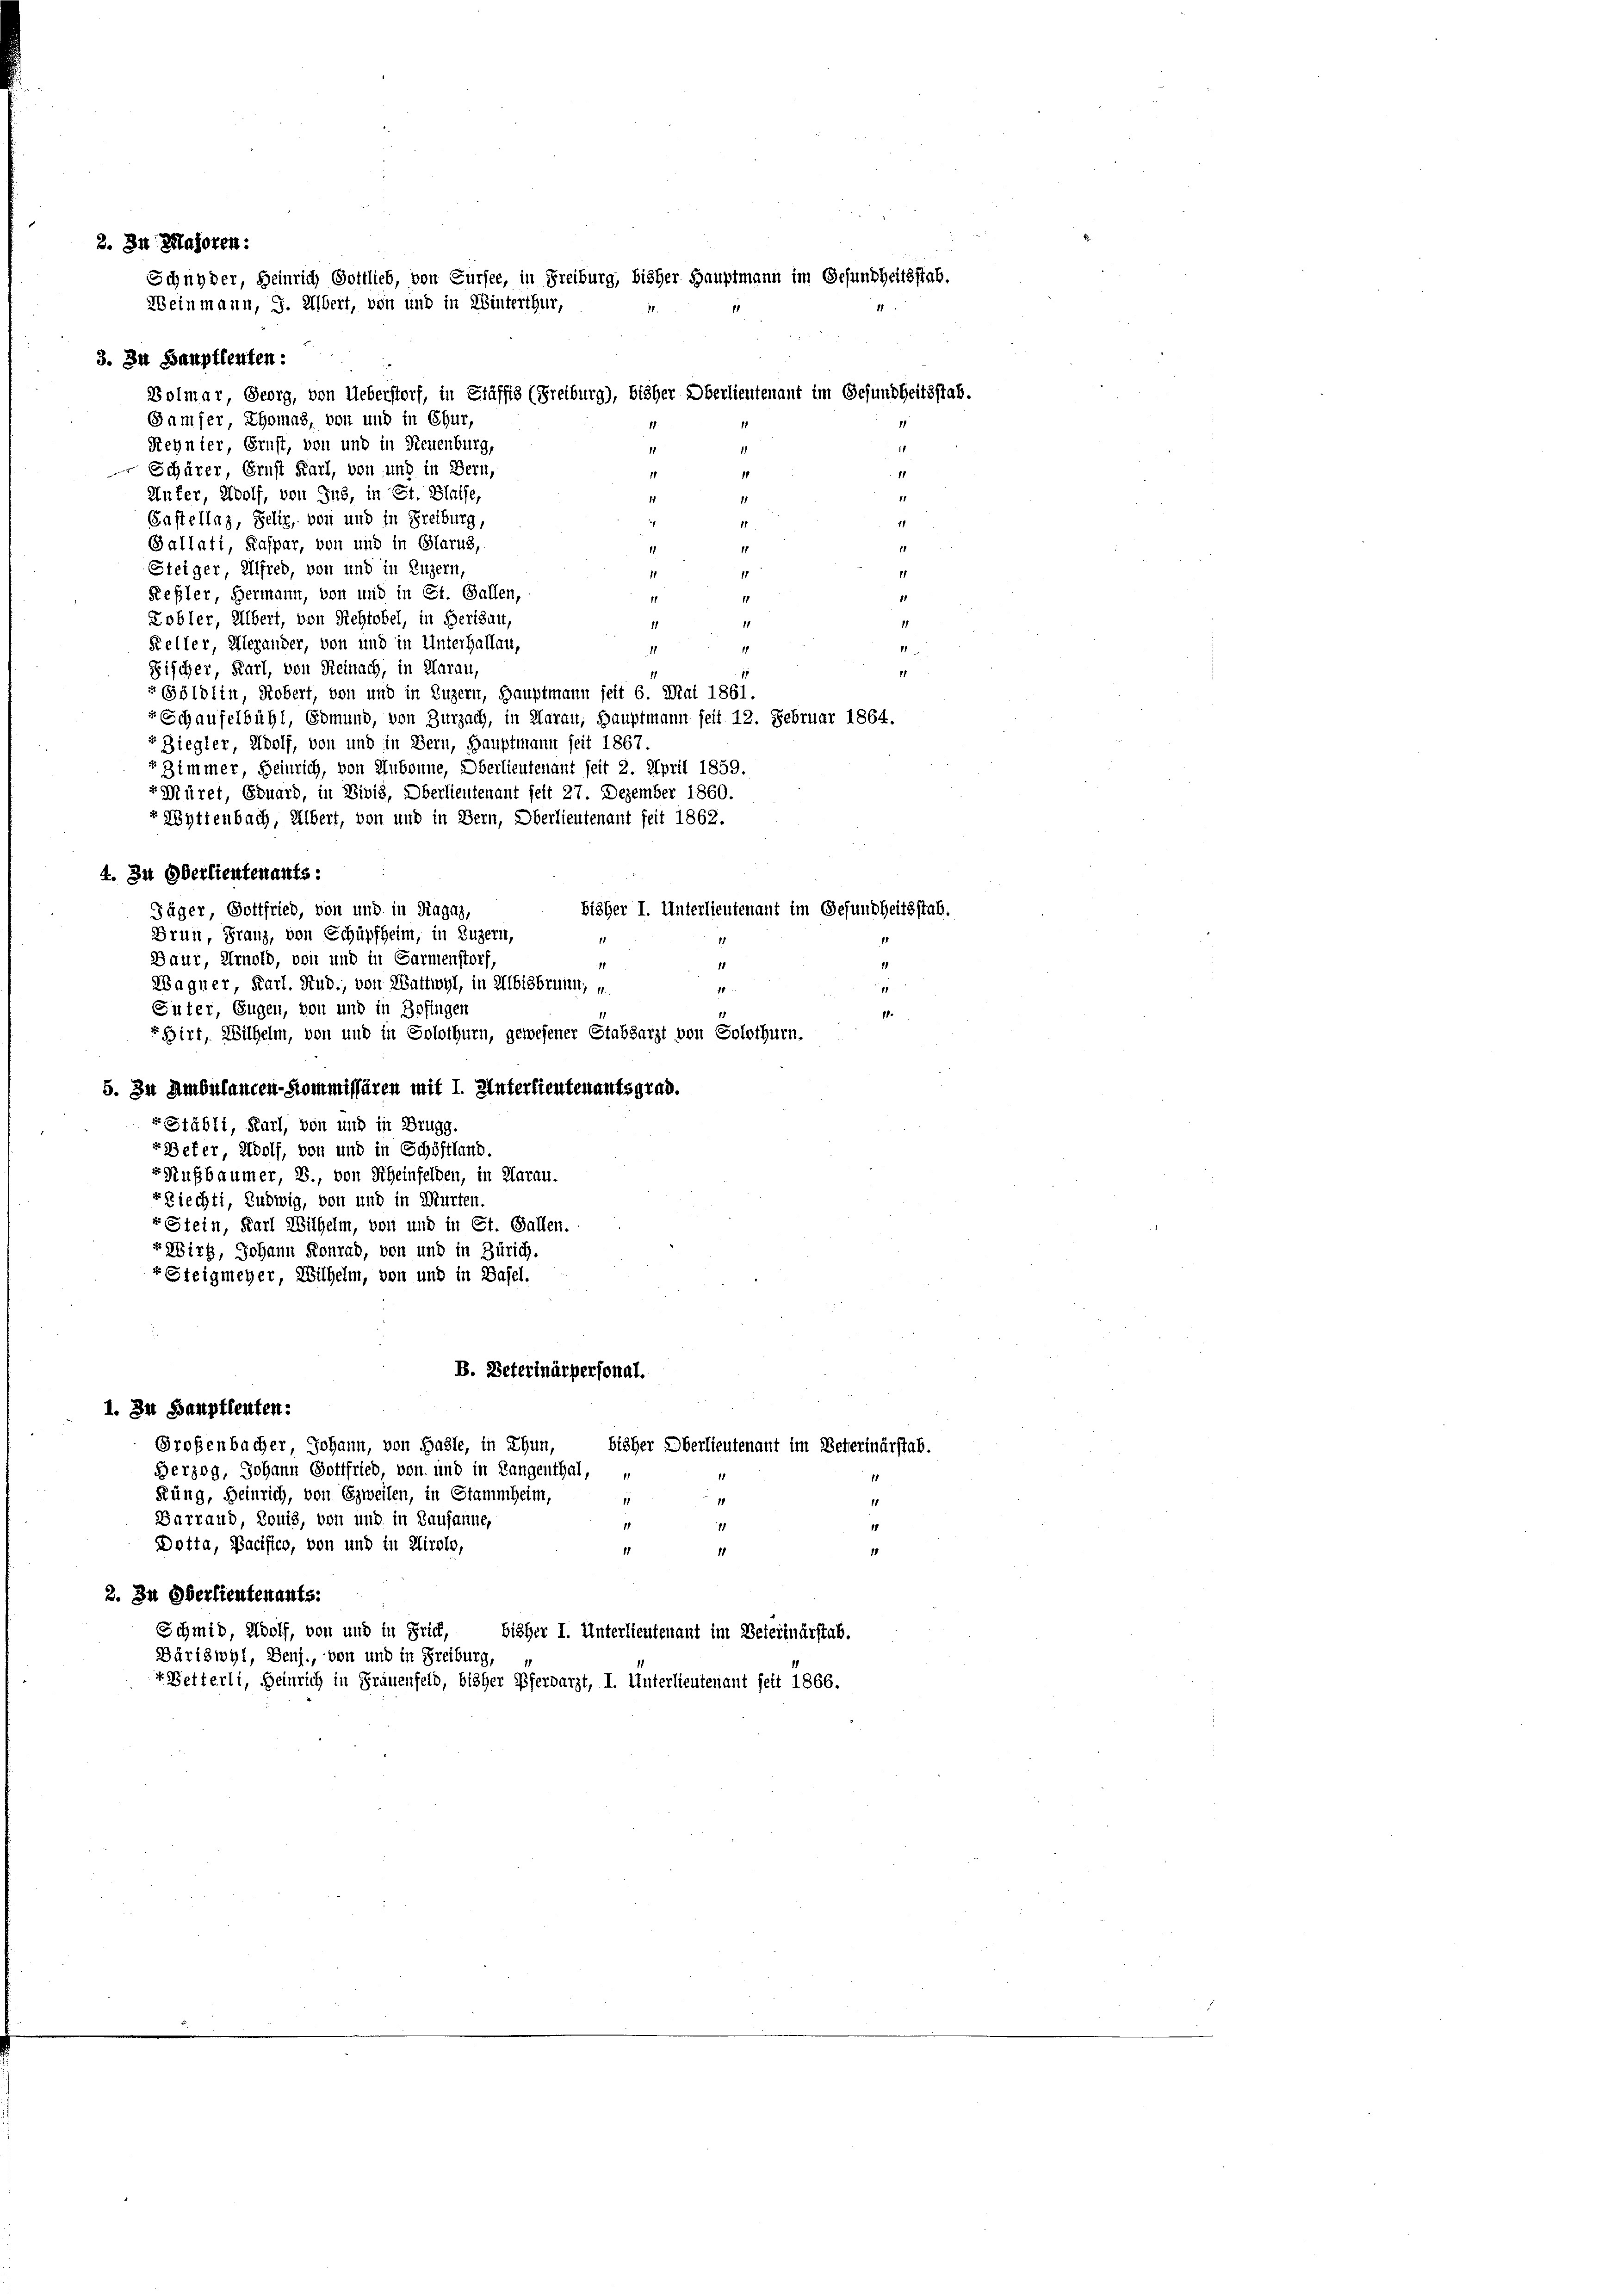
2. Zu Zlajoren:

Schnyder, Heinrich Gottlieb, von Dürfte, in Freiburg, bisher Hauptmann im Gesundheitsstab.
Weinmann, 9. Übert, von und in Winterthur,

3. In Hauptleuten:
Bolmar, Georg, von Ueberstorf, in Stäffis (Freiburg), bisher Oberlieutenant im Gesundheitsstab.
Gamser, Thomas, von und in Chur,
Rehnier, Ernst, von und in Neuenburg,
1
1
Schärer, Ernst Karl, von und in Bern,
11
1
11
11
Unfer, Wolf, von Ins, in St. Blaise,
11
1
Gastellaz, Felix, von und in Freiburg,
7
11
11
Ballati, Kaspar, von und in Glarus,
1
1
11
Steiger, Alfred, von und in Luzern,
11
11
1
Reßler, Hermann, von und in St. Gallen,
1
11
1
Kobler, Albert, von Richtobel, in Herisau,
11
11
1
Kelter, Alexander, von und in Unterhalten,
11
Stinn
I
Fischer, Karl, von Reinach, in Aarau,
11
1
« Göldlin, Robert, von und in Luzern, Hauptmann seit 6. Mai 1861.
Schaufelbühl, Gomund, von Zurzach, in Aarau, Hauptmann seit 12. Februar 1864.
r Ziegler, Adolf, von und in Bern, Hauptmann seit 1867.
2 Zimmer, Heinrich, von Hubonne, Oberlieutenant seit 2. April 1859.
rMüret, Eduard, in Divis, Oberlieutenant seit 27. Dezember 1860.
Wyttenbach, Albert, von und in Bern, Oberlieutenant feit 1862.
4. In Oderlieutenants:
bisher I. Unterlieutenant im Gesundheitsstab.
Jäger, Gottfried, von und in Ragaz,
Brunn, Franz, von Schüpfheim, in Luzern,
1
Baur, Arnold, von und in Sarmenstorf,
1
11
d
Wagner, Karl. Stud., von Wattwyl, in Albisbrunn, u.
1
1
Suter, Eugen, von und in Zofingen
1.
Hirt, Wilhelm, von und in Solothurn, gewesener Stabsarzt von Solothurn.
5. Zu Ambulangen-Kommissären mit I. Unterlieutenantsgrad.
rStäbli, Karl, von und in Brugg.
rBefer, Wolf, von und in Schöffland.
rRußbaumer, 2., von Scheinfelden, in Aarau.
-Riechti, Ludwig, von und in Murten.
rStein, Karl Wilhelm, von und in St. Gallen.
r Wirk, Johann Konrad, von und in Zürich.
Steigmeyer, Wilhelm, von und in Basel.
B. Beterinärpersonal.
1. Zu Hauptleuten:
Großenbacher, Johann, von Hasle, in Thun,
bisher Oberlieutenant im Peterinärstab.
Herzog, Johann Gottfried, von und in Langenthal,
Küng, Heinrich, von Erweilen, in Stammheim,
11
11
11
Barrand, Louis, von und in Lausanne,
1
14
Dotta, Bacifico, von und in Airolo,
1
11
2. In Oberlieutenants:
Schmid, Wolf, von und in Brief, bisher I. Unterlieutenant im Peterinärstab.
Bäriswyl, Benf., von und in Freiburg,
« Betterli, Heinrich in Frauenfeld, bisher Pferdarzt, I. Unterlieutenant seit 1866.